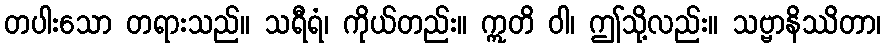
တပါးသော တရားသည်။ သရီရံ၊ ကိုယ်တည်း။ ဣတိ ဝါ၊ ဤသို့လည်း။ သဗ္ဗာနိဿိတာ၊